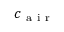
c _ { \mathrm { ~ a ~ i ~ r ~ } }